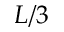
L / 3